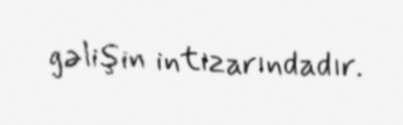
gəlişin intizarındadır.